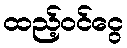
ထည့်ဝင်ငွေ